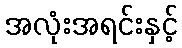
အလုံးအရင်းနှင့်